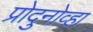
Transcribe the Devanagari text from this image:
प्रोदुनोव्हा